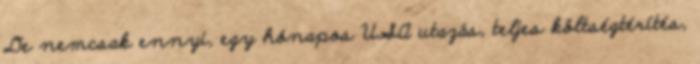
De nemcsak ennyi, egy hónapos USA utazás, teljes költségtérítés,